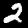
Label: 2